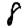
Digit: 8